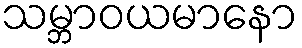
သမ္ဘာဝယမာနော